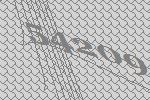
54209